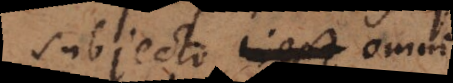
subjecto omni